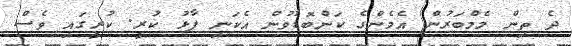
ދެ ތިން މެމްބަރުން އެމެންގެ ކަންބޮޑުވުން އެކަނި ފާޅު ކުރީ. ކުރީގައި ވެސް